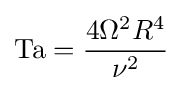
\mathrm {Ta} ={\frac {4\Omega ^{2}R^{4}}{\nu ^{2}}}